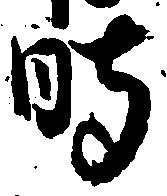
時